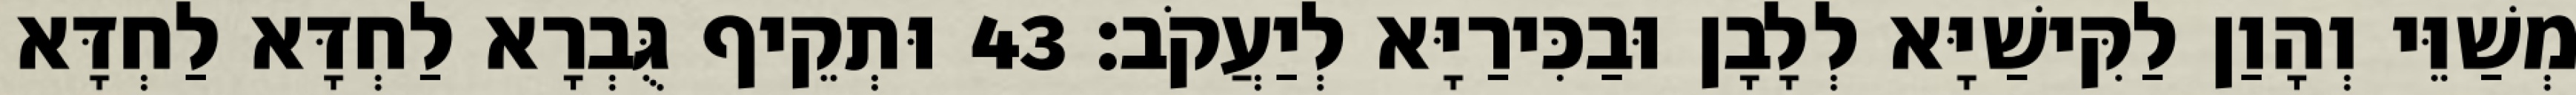
מְשַׁוֵּי וְהָוַן לַקִּישַׁיָּא לְלָבָן וּבַכִּירַיָּא לְיַעֲקֹב׃ 43 וּתְקֵיף גֻּבְרָא לַחְדָּא לַחְדָּא